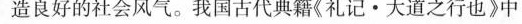
造良好的社会风气。我国古代典籍《礼记·大道之行也》中